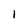
Character: l